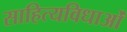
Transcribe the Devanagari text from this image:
साहित्यविधाओं